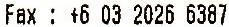
FAX : +6 03 2026 6387